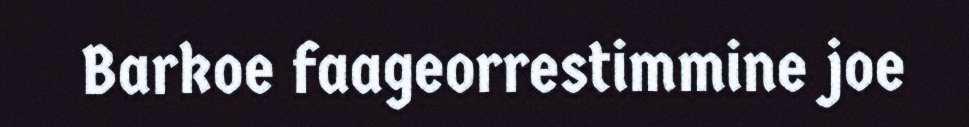
Barkoe faageorrestimmine joe